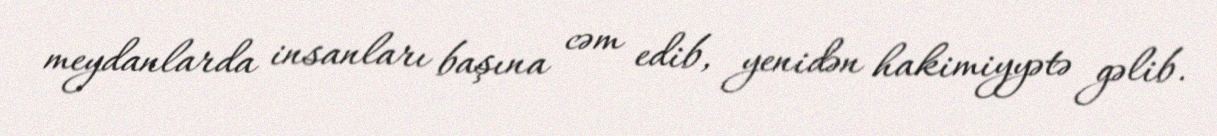
meydanlarda insanları başına cəm edib, yenidən hakimiyyətə gəlib.